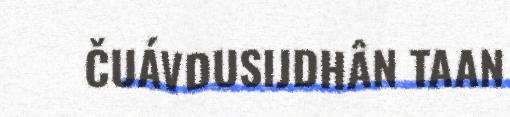
ČUÁVDUSIJDHÂN TAAN